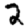
Digit: 2